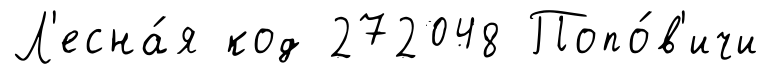
Л'есна́я код 272048 Попо́в'ичи